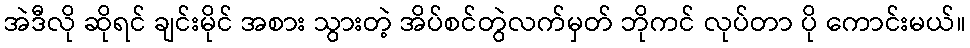
အဲဒီလို ဆိုရင် ချင်းမိုင် အစား သွားတဲ့ အိပ်စင်တွဲလက်မှတ် ဘိုကင် လုပ်တာ ပို ကောင်းမယ်။